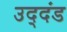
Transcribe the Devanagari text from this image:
उद्‌दंड